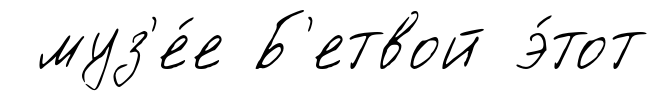
муз'е́е Б'етвой э́тот